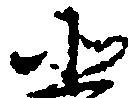
北